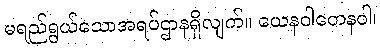
မရည်ရွယ်သောအရပ်ဌာနရှိလျက်။ ယေနဝါတေနဝါ၊